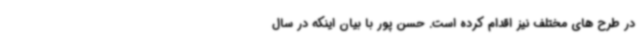
در طرح های مختلف نیز اقدام کرده است. حسن پور با بیان اینکه در سال